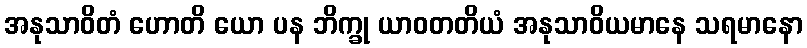
အနုသာဝိတံ ဟောတိ ယော ပန ဘိက္ခု ယာဝတတိယံ အနုသာဝိယမာနေ သရမာနော